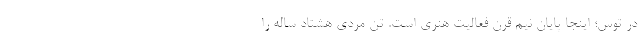
در توس؛ اینجا پایان نیم قرن فعالیت هنری است. تن مردی هشتاد ساله‌ را